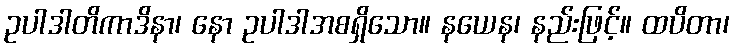
ဥပါဒါတိကာဒိနာ၊ နော ဥပါဒါအစရှိသော။ နယေန၊ နည်းဖြင့်။ ထပိတာ၊